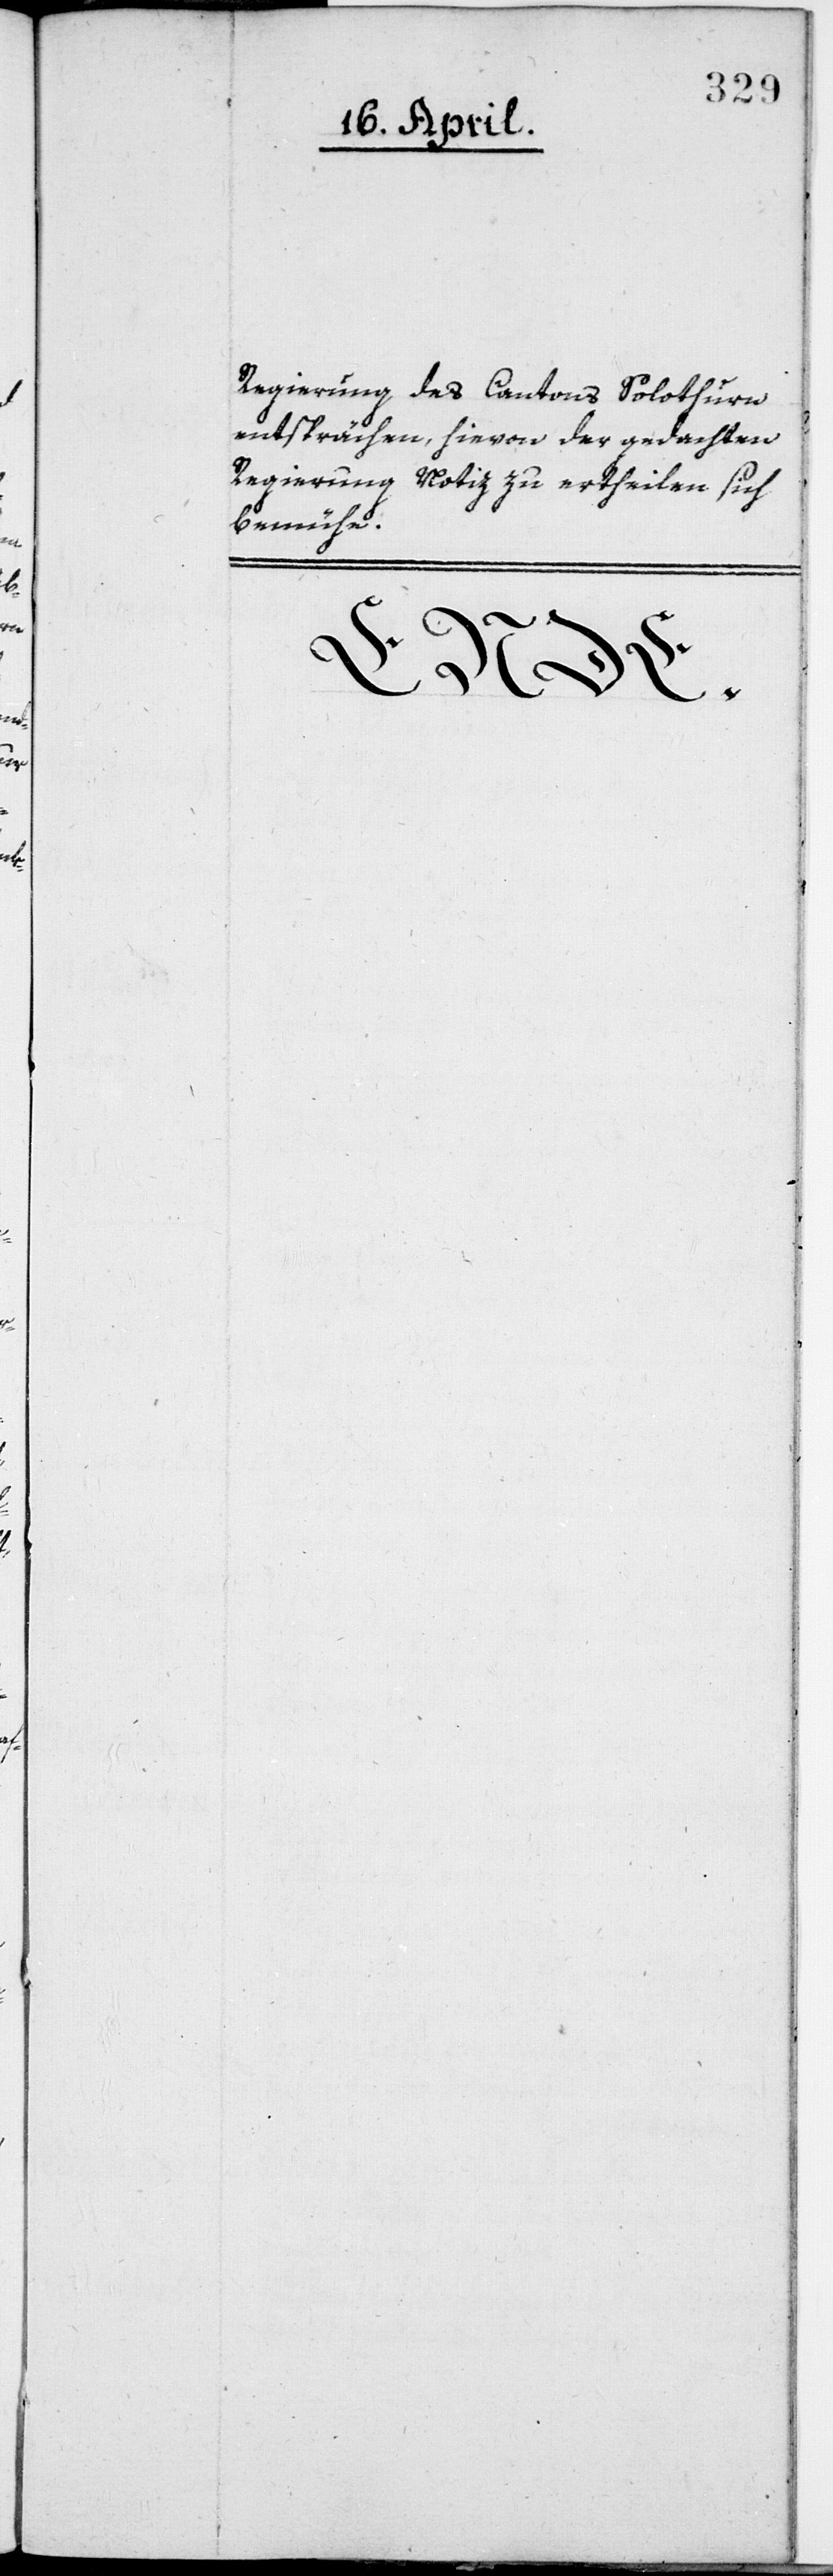
Regierung des Cantons Solothurn
entsprächen, hievon der gedachten
Regierung Notiz zu ertheilen sich
bemühe.